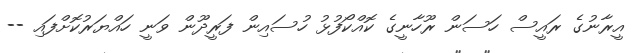
އީރާނުގެ ރައީސް ހަސަން ރޫހާނީގެ ކޮއްކޯފުޅު ހުސައިން ފަރީދޫން ވަނީ ހައްޔަރުކޮށްފައި --